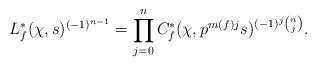
LaTeX: \begin{align*}L^*_f(\chi, s)^{(-1)^{n-1}}=\prod\limits_{j=0}^{n}C^*_f(\chi, {p^{m(f)j}}s)^{(-1)^j\binom{n}{j}}.\end{align*}